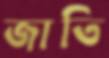
জাতি